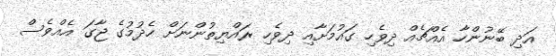
އަދި ބޭނުންހާ އެއްޗެއް ދިވެހި ގައުމަށާއި ދިވެހި ރައްްޔިތުންނަށް ހެދުމުގެ ޖާގަ އެއްވެސް